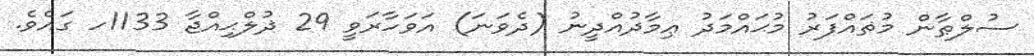
ސުލްޠާން މުޡައްފަރު މުޙައްމަދު ޢިމާދުއްދީނު (ދެވަނަ) އަވަހާރަވީ 29 ޛުލްޙިއްޖާ 1133ހ ގައެވެ.